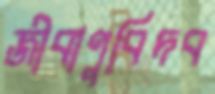
জীবাণুবিদব